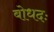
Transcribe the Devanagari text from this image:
बोधदः